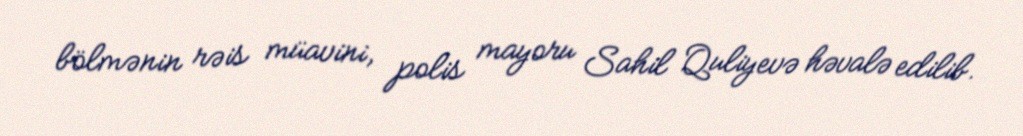
bölmənin rəis müavini, polis mayoru Sahil Quliyevə həvalə edilib.